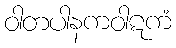
ဝါတပါနကဝါဋကံ